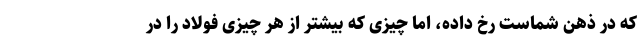
که در ذهن شماست رخ داده، اما چیزی که بیشتر از هر چیزی فولاد را در